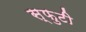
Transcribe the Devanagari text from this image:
स्फुटी